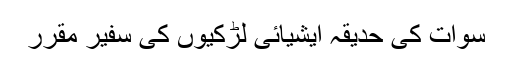
سوات کی حدیقہ ایشیائی لڑکیوں کی سفیر مقرر